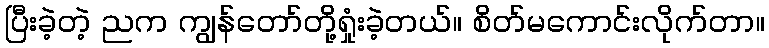
ပြီးခဲ့တဲ့ ညက ကျွန်တော်တို့ရှုံးခဲ့တယ်။ စိတ်မကောင်းလိုက်တာ။